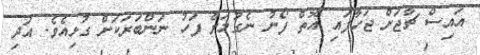
އައިސް ޗާޖަށް ޖަހާފައި އޮތް ފޯނު ނެގުމަށް ފަހު ނަންބަރަކަށް ގުޅިއެވެ. އަދި